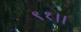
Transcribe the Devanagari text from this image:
९१।।